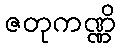
ဇတုကဏ္ဏိ